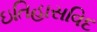
ઇતિહાસવિદ